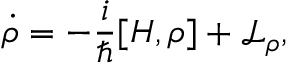
\dot { \rho } = - \frac { i } { \hbar } [ H , \rho ] + \mathcal { L } _ { \rho } ,